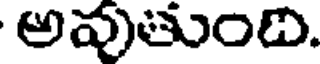
అవుతుంది.